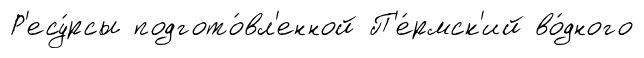
Р'есу́рсы подгото́вл'енной П'е́рмск'ий во́дного